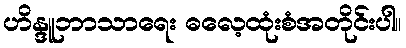
ဟိန္ဒူဘာသာရေး ဓလေ့ထုံးစံအတိုင်းပါ။